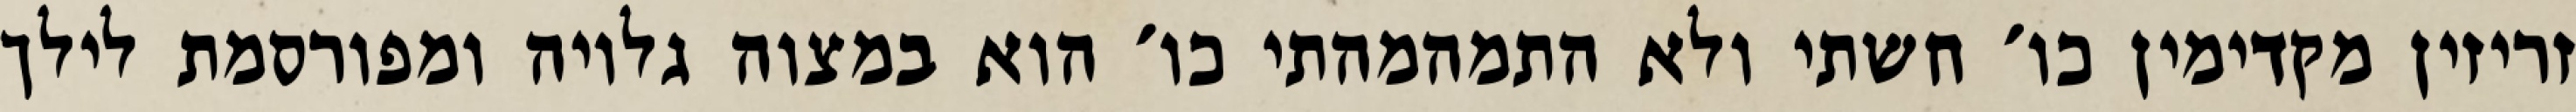
זריזין מקדימין כו׳ חשתי ולא התמהמהתי כו׳ הוא במצוה גלויה ומפורסמת לילך